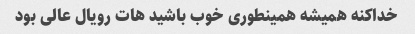
خداکنه همیشه همینطوری خوب باشید هات رویال عالی بود